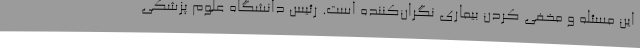
این مسئله و مخفی کردن بیماری نگران‌کننده است. رئیس دانشگاه علوم پزشکی